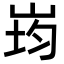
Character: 𭖠